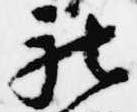
被